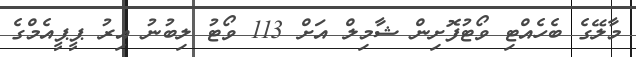
މާލޭގެ ބެހެއްޓި ވޯޓުފޮށިން ޝާމިލް އަށް 113 ވޯޓު ލިބުނު އިރު ޕީޕީއެމްގެ